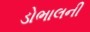
ડોભાલની